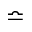
\bumpeq